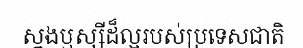
ស្នងឫស្សីដ៏ល្អរបស់ប្រទេសជាតិ